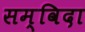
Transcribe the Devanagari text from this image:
सम्विदा